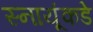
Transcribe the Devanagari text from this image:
स्नायूंकडे